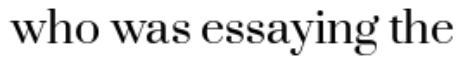
who was essaying the